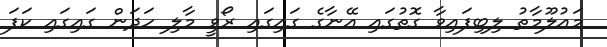
މައުލޫމާތު ލިބިފައިވާ ގޮތުގައި އޭނާގެ ގައިގައި ރޯވީ މާލި ހަދަން ގައިގައި ކަފަ